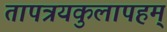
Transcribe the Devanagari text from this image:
तापत्रयकुलापहम्